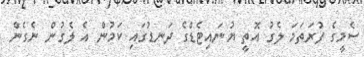
ސެމީގެ ފުރަތަމަ ލެގު އޮތީ ޔުނައިޓެޑްގެ ދަނޑުގައި ކަމުން އެ ލެގުން ނެގެން